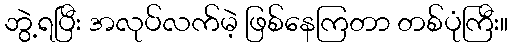
ဘွဲ့ရပြီး အလုပ်လက်မဲ့ ဖြစ်နေကြတာ တစ်ပုံကြီး။